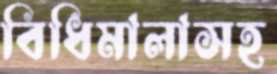
বিধিমালাসহ